Lunatic asylums in Bengal annual reports 1899-1911 - 1899-1911
Year: 1899
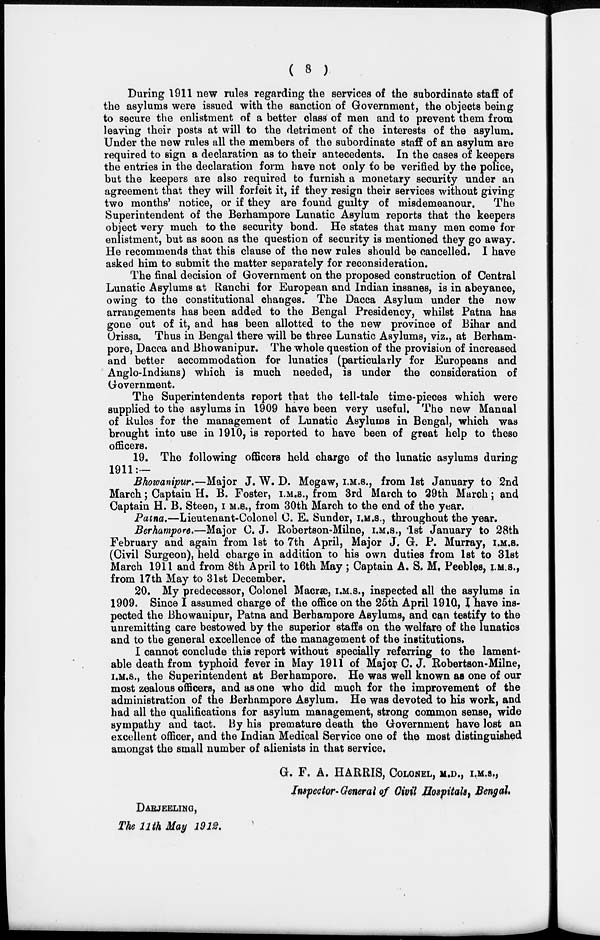
( 8 )
During 1911 new rules regarding the services of the subordinate staff of
the asylums were issued with the sanction of Government, the objects being
to secure the enlistment of a better class of men and to prevent them from
leaving their posts at will to the detriment of the interests of the asylum.
Under the new rules all the members of the subordinate staff of an asylum are
required to sign a declaration as to their antecedents. In the cases of keepers
the entries in the declaration form have not only to be verified by the police,
but the keepers are also required to furnish a monetary security under an
agreement that they will forfeit it, if they resign their services without giving
two months' notice, or if they are found guilty of misdemeanour.
The
Superintendent of the Berhampore Lunatic Asylum reports that the keepers
object very much to the security bond. He states that many men come for
enlistment, but as soon as the question of security is mentioned they go away.
He recommends that this clause of the new rules should be cancelled. I have
asked him to submit the matter separately for reconsideration.
The final decision of Government on the proposed construction of Central
Lunatic Asylums at Ranchi for European and Indian insanes, is in abeyance,
owing to the constitutional changes. The Dacca Asylum under the new
arrangements has been added to the Bengal Presidency, whilst Patna has
gone out of it, and has been allotted to the new province of Bihar and
Orissa. Thus in Bengal there will be three Lunatic Asylums, viz., at Berham-
pore, Dacca and Bhowanipur. The whole question of the provision of increased
and better accommodation for lunatics (particularly for Europeans and
Anglo-Indians) which is much needed, is under the consideration of
Government.
The Superintendents report that the tell-tale time-pieces which were
supplied to the asylums in 1909 have been very useful. The new Manual
of Rules for the management of Lunatic Asylums in Bengal, which was
brought into use in 1910, is reported to have been of great help to these
officers.
19. The following officers held charge of the lunatic asylums during
1911: —
Bhowanipur.—Major J. W. D. Megaw, I.M.S., from 1st January to 2nd
March; Captain H. B. Foster, I.M.S., from 3rd March to 29th March; and
Captain H. B. Steen, I.M.S., from 30th March to the end of the year.
Patna.—Lieutenant-Colonel C.E. Sunder, I.M.S., throughout the year.
Berhampore.—Major C. J. Robertson-Milne, I.M.S., 1st January to 28th
February and again from 1st to 7th April, Major J. G. P. Murray, I.M.S.
(Civil Surgeon), held charge in addition to his own duties from 1st to 31st
March 1911 and from 8th April to 16th May; Captain A. S. M. Peebles, I.M.S.,
from 17th May to 31st December.
20. My predecessor, Colonel Macræ, I.M.S., inspected all the asylums in
1909. Since I assumed charge of the office on the 25th April 1910, I have ins-
pected the Bhowanipur, Patna and Berhampore Asylums, and can testify to the
unremitting care bestowed by the superior staffs on the welfare of the lunatics
and to the general excellence of the management of the institutions.
I cannot conclude this report without specially referring to the lament-
able death from typhoid fever in May 1911 of Major C. J. Robertson-Milne,
I.M.S., the Superintendent at Berhampore. He was well known as one of our
most zealous officers, and as one who did much for the improvement of the
administration of the Berhampore Asylum. He was devoted to his work, and
bad all the qualifications for asylum management, strong common sense, wide
sympathy and tact. By his premature death the Government have lost an
excellent officer, and the Indian Medical Service one of the most distinguished
amongst the small number of alienists in that service.
G. F. A. HARRIS, COLONEL, M.D., I.M.S.,
Inspector- General of Civil Hospitals, Bengal.
DARJEELING,
The 11th May 1912.